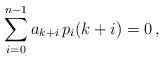
\begin{align*}\sum_{i=0}^{n-1}a_{k+i}\, p_i(k+i)=0\,,\end{align*}